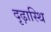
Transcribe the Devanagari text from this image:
दृढ़ास्थि